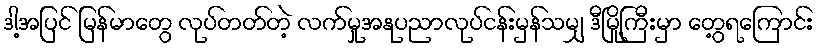
ဒါ့အပြင် မြန်မာတွေ လုပ်တတ်တဲ့ လက်မှုအနုပညာလုပ်ငန်းမှန်သမျှ ဒီမြို့ကြီးမှာ တွေ့ရကြောင်း